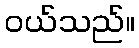
ဝယ်သည်။